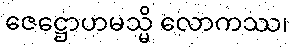
ဇေဋ္ဌောဟမသ္မိ လောကဿ၊